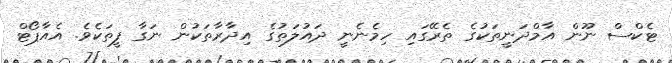
ޓެކްސް ނޫން އާމްދަނީތަކުގެ ތެރޭގައި ހިމެނެނީ ދައުލަތުގެ އިދާރާތަކުން ނަގާ ފީތަކެވެ. އެއާޕޯޓް